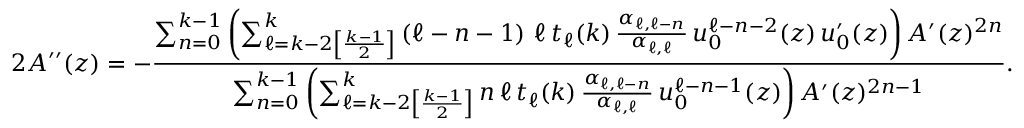
2 A ^ { \prime \prime } ( z ) = - \frac { \sum _ { n = 0 } ^ { k - 1 } \left( \sum _ { \ell = k - 2 \left[ \frac { k - 1 } { 2 } \right] } ^ { k } \left( \ell - n - 1 \right) \, \ell \, t _ { \ell } ( k ) \, \frac { \alpha _ { \ell , \ell - n } } { \alpha _ { \ell , \ell } } \, u _ { 0 } ^ { \ell - n - 2 } ( z ) \, u _ { 0 } ^ { \prime } ( z ) \right) A ^ { \prime } ( z ) ^ { 2 n } } { \sum _ { n = 0 } ^ { k - 1 } \left( \sum _ { \ell = k - 2 \left[ \frac { k - 1 } { 2 } \right] } ^ { k } n \, \ell \, t _ { \ell } ( k ) \, \frac { \alpha _ { \ell , \ell - n } } { \alpha _ { \ell , \ell } } \, u _ { 0 } ^ { \ell - n - 1 } ( z ) \right) A ^ { \prime } ( z ) ^ { 2 n - 1 } } .